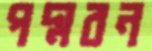
পদ্মবন